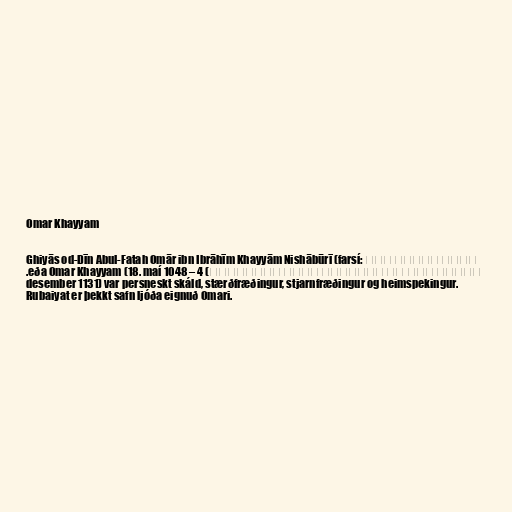
Omar Khayyam

Ghiyās od-Dīn Abul-Fatah Omār ibn Ibrāhīm Khayyām Nishābūrī (farsí: غیاث الدین ابو
الفتح عمر بن ابراهیم خیام نیشابوری) eða Omar Khayyam (18. maí 1048 – 4.
desember 1131) var persneskt skáld, stærðfræðingur, stjarnfræðingur og heimspekingur.
Rubaiyat er þekkt safn ljóða eignuð Omari.